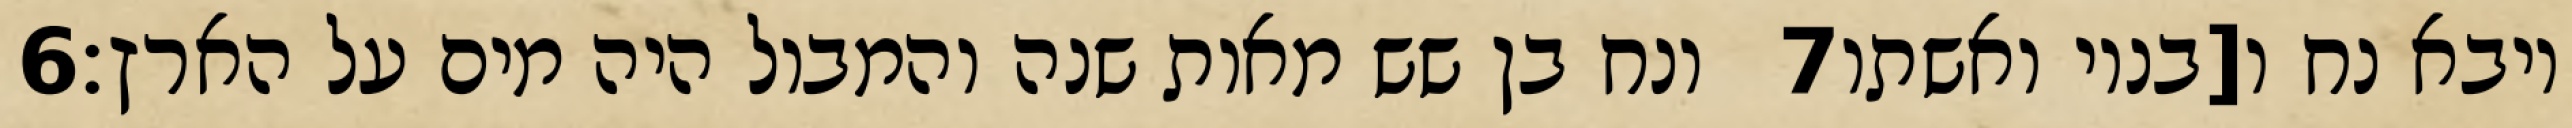
‎6‏ ונח בן שש מאות שנה והמבול היה מים על הארץ׃ ‎7‏ ויבא נח ו[בניו ואשתו